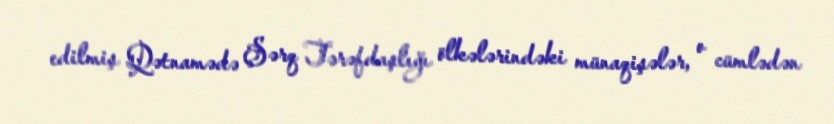
edilmiş Qətnamədə Şərq Tərəfdaşlığı ölkələrindəki münaqişələr, o cümlədən